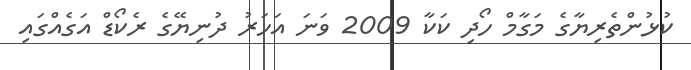
ކުޅުންތެރިޔާގެ މަގާމް ހޯދި ކަކާ 2009 ވަނަ އަހަރު ދުނިޔޭގެ ރެކޯޑް އަގެއްގައި